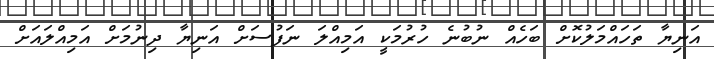
އަނިޔާ ތަހައްމަލުކޮށް ބަހެއް ނުބުނެ ހުރުމަކީ އަމިއްލަ ނަފުސަށް އަނިޔާ ދިނުމަށް އަމިއްލައަށް